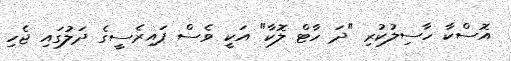
އޮސްކާ ހާސިލުކުރި "ދަ ހާޓް ލޮކާ" އަކީ ވެސް ޕައިރެސީގެ ދަލުގައި ޖެހި